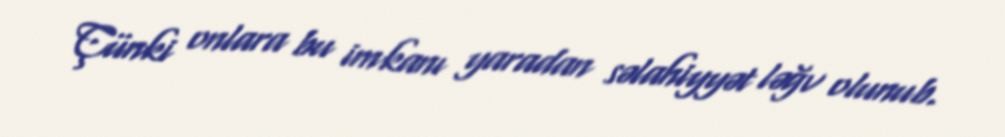
Çünki onlara bu imkanı yaradan səlahiyyət ləğv olunub.